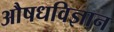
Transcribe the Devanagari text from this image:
औषधविज्ञान